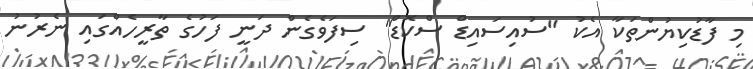
މި ފާޑުކިޔުންތަކާ އެކު "ސުއިސައިޑް ސްކޮޑް" ސިފަވެގެން ދަނީ ފަހުގެ ތާރީހެއްގައި ނެރުނު